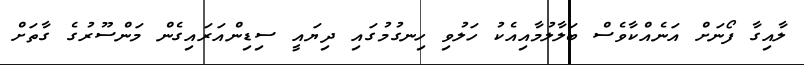
ލާއިގާ ފޯނަށް އަނެއްކާވެސް ބަލާލުމާއިއެކު ހަލުވި ހިނގުމުގައި ދިޔައީ ސިޑިންއަރައިގެން މަންސޫރުގެ ގާތަށް